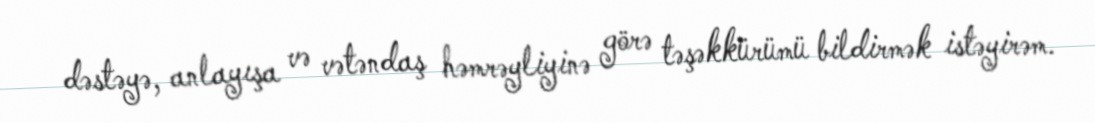
dəstəyə, anlayışa və vətəndaş həmrəyliyinə görə təşəkkürümü bildirmək istəyirəm.